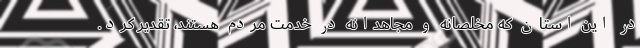
در این استان که مخلصانه و مجاهدانه در خدمت مردم هستند، تقدیر کرد.